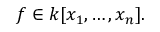
f \in k [ x _ { 1 } , \ldots , x _ { n } ] .